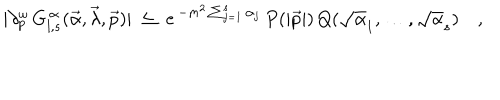
\vert \partial _ { p } ^ { \omega } \, G _ { l , s } ^ { \, \alpha } ( \vec { \alpha } , \vec { \lambda } , \vec { p } ) \vert \ \leq \ e ^ { \, - m ^ { 2 } \sum _ { j = 1 } ^ { s } \alpha _ { j } } \, P ( \vert \vec { p } \vert ) \, Q ( \sqrt \alpha _ { 1 } , \ldots , \sqrt \alpha _ { s } ) \quad ,